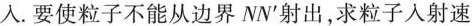
入.要使粒子不能从边界NN^{\prime}射出，求粒子入射速